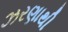
ઝરણાથી